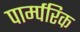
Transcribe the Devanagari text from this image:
पार्म्परिक